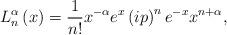
LaTeX: \begin{align*}L_{n}^{\alpha }\left( x\right) =\frac{1}{n!}x^{-\alpha}e^{x}\left(ip\right) ^{n}e^{-x}x^{n+\alpha },\end{align*}